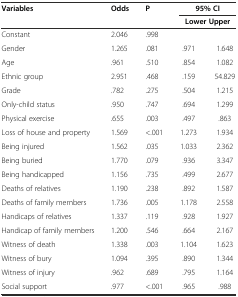
| Variables | Odds | P | <COLSPAN=2> 95%CI |
 |  |  |  | <COLSPAN=2> Lower Upper |
 | --- | --- | --- | --- | --- |
 | Constant | 2.046 | .998 |  |  |
 | Gender | 1.265 | .081 | .971 | 1.648 |
 | Age | .961 | .510 | .854 | 1.082 |
 | Ethnic group | 2.951 | .468 | .159 | 54.829 |
 | Grade | .782 | .275 | .504 | 1.215 |
 | Only-child status | .950 | .747 | .694 | 1.299 |
 | Physical exercise | .655 | .003 | .497 | .863 |
 | Loss of house and property | 1.569 | <.001 | 1.273 | 1.934 |
 | Being injured | 1.562 | .035 | 1.033 | 2.362 |
 | Being buried | 1.770 | .079 | .936 | 3.347 |
 | Being handicapped | 1.156 | .735 | .499 | 2.677 |
 | Deaths of relatives | 1.190 | .238 | .892 | 1.587 |
 | Deaths of family members | 1.736 | .005 | 1.178 | 2.558 |
 | Handicaps of relatives | 1.337 | .119 | .928 | 1.927 |
 | Handicap of family members | 1.200 | .546 | .664 | 2.167 |
 | Witness of death | 1.338 | .003 | 1.104 | 1.623 |
 | Witness of bury | 1.094 | .395 | .890 | 1.344 |
 | Witness of injury | .962 | .689 | .795 | 1.164 |
 | Social support | .977 | <.001 | .965 | .988 |